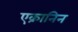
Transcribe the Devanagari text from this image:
एक्रानिन